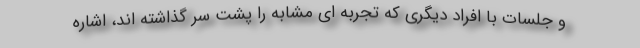
و جلسات با افراد دیگری که تجربه ای مشابه را پشت سر گذاشته اند، اشاره